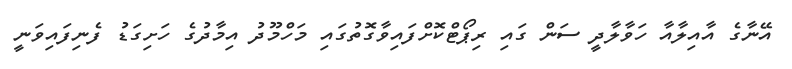
އޭނާގެ އާއިލާއާ ހަވާލާދީ ސަން ގައި ރިޕޯޓްކޮށްފައިވާގޮތުގައި މަހްމޫދު އިމާދުގެ ހަށިގަޑު ފެނިފައިވަނީ